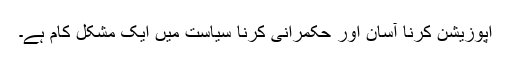
اپوزیشن کرنا آسان اور حکمرانی کرنا سیاست میں ایک مشکل کام ہے۔